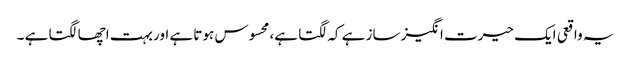
یہ واقعی ایک حیرت انگیز ساز ہے کہ لگتا ہے، محسوس ہوتا ہے اور بہت اچھا لگتا ہے ۔